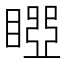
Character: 𥉝